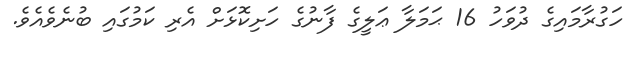
ހަގުރާމައިގެ ދުވަހު 16 ޙަމަލާ ޢަލީގެ ފާނުގެ ހަށިކޮޅަށް އެރި ކަމުގައި ބުނެވެއެވެ.